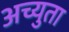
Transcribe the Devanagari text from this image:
अच्युता